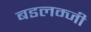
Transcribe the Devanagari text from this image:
बडलम्जी